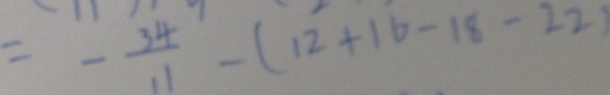
= - \frac { 3 4 } { 1 1 } - ( 1 2 + 1 6 - 1 8 - 2 2 )